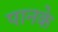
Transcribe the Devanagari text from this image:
पानके